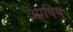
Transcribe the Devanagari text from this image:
आषिष्